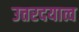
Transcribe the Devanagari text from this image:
उत्तरदयात्व